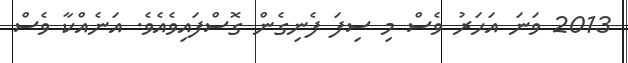
2013 ވަނަ އަހަރު ވެސް މި ސިފަ ފެނިގެން ގޮސްފައިވެއެވެ. އަނެއްކާ ވެސް